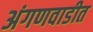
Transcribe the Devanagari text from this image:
अंगणवाडीत